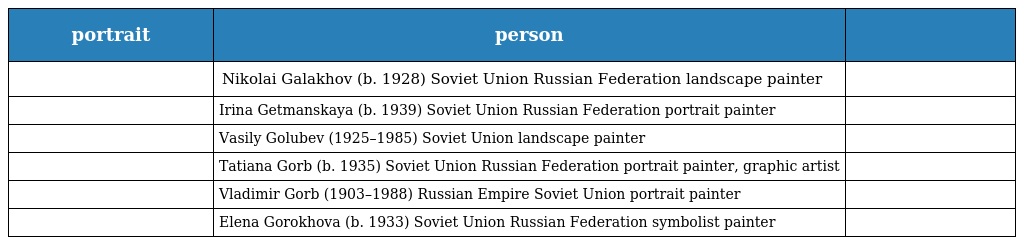
| portrait | person |  |
 | --- | --- | --- |
 |  | Nikolai Galakhov (b. 1928) Soviet Union Russian Federation landscape painter |  |
 |  | Irina Getmanskaya (b. 1939) Soviet Union Russian Federation portrait painter |  |
 |  | Vasily Golubev (1925–1985) Soviet Union landscape painter |  |
 |  | Tatiana Gorb (b. 1935) Soviet Union Russian Federation portrait painter, graphic artist |  |
 |  | Vladimir Gorb (1903–1988) Russian Empire Soviet Union portrait painter |  |
 |  | Elena Gorokhova (b. 1933) Soviet Union Russian Federation symbolist painter |  |